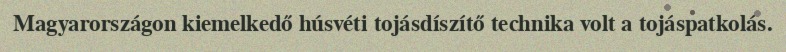
Magyarországon kiemelkedő húsvéti tojásdíszítő technika volt a tojáspatkolás.